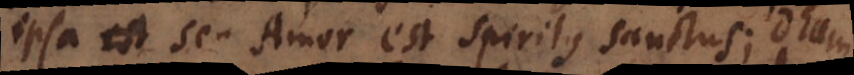
ipsa seu Amor est Spiritus Sanctus; Deum